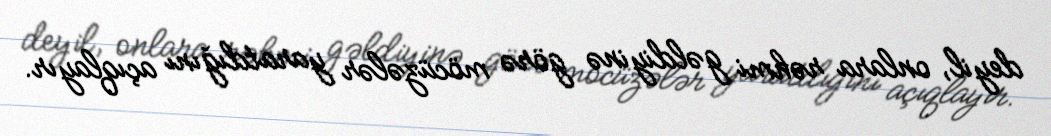
deyil, onlara rəhmi gəldiyinə görə möcüzələr yaratdığını açıqlayır.